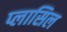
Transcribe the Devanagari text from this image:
प्लासिल